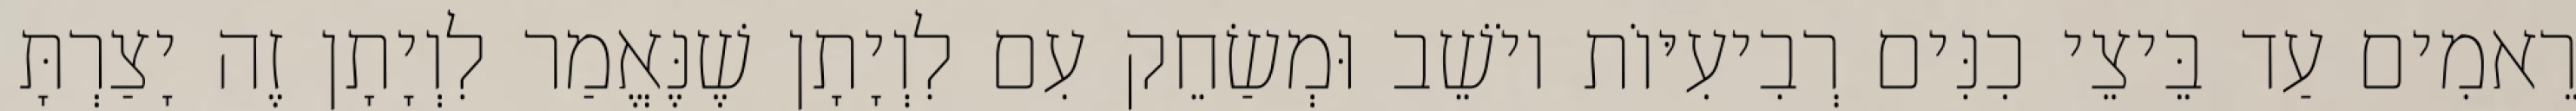
רֵאמִים עַד בֵּיצֵי כִנִּים רְבִיעִיּוֹת יוֹשֵׁב וּמְשַׂחֵק עִם לִוְיָתָן שֶׁנֶּאֱמַר לִוְיָתָן זֶה יָצַרְתָּ